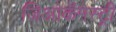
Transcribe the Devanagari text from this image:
जिओकॅमेस्ट्री